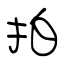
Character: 拍